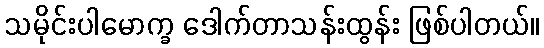
သမိုင်းပါမောက္ခ ဒေါက်တာသန်းထွန်း ဖြစ်ပါတယ်။